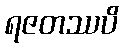
ရဇတဿပိ